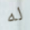
له